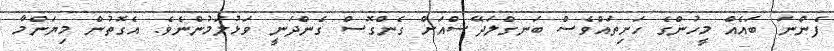
ފެންނަ ބައެއް މީހުންގެ ހަށިތައްވެސް ބަނގްލަދޭޝްއަށް ގެންގޮސް ގެންދަނީ ވަޅުލަމުންނެވެ. އެގޮތުން މިޔަންމާ